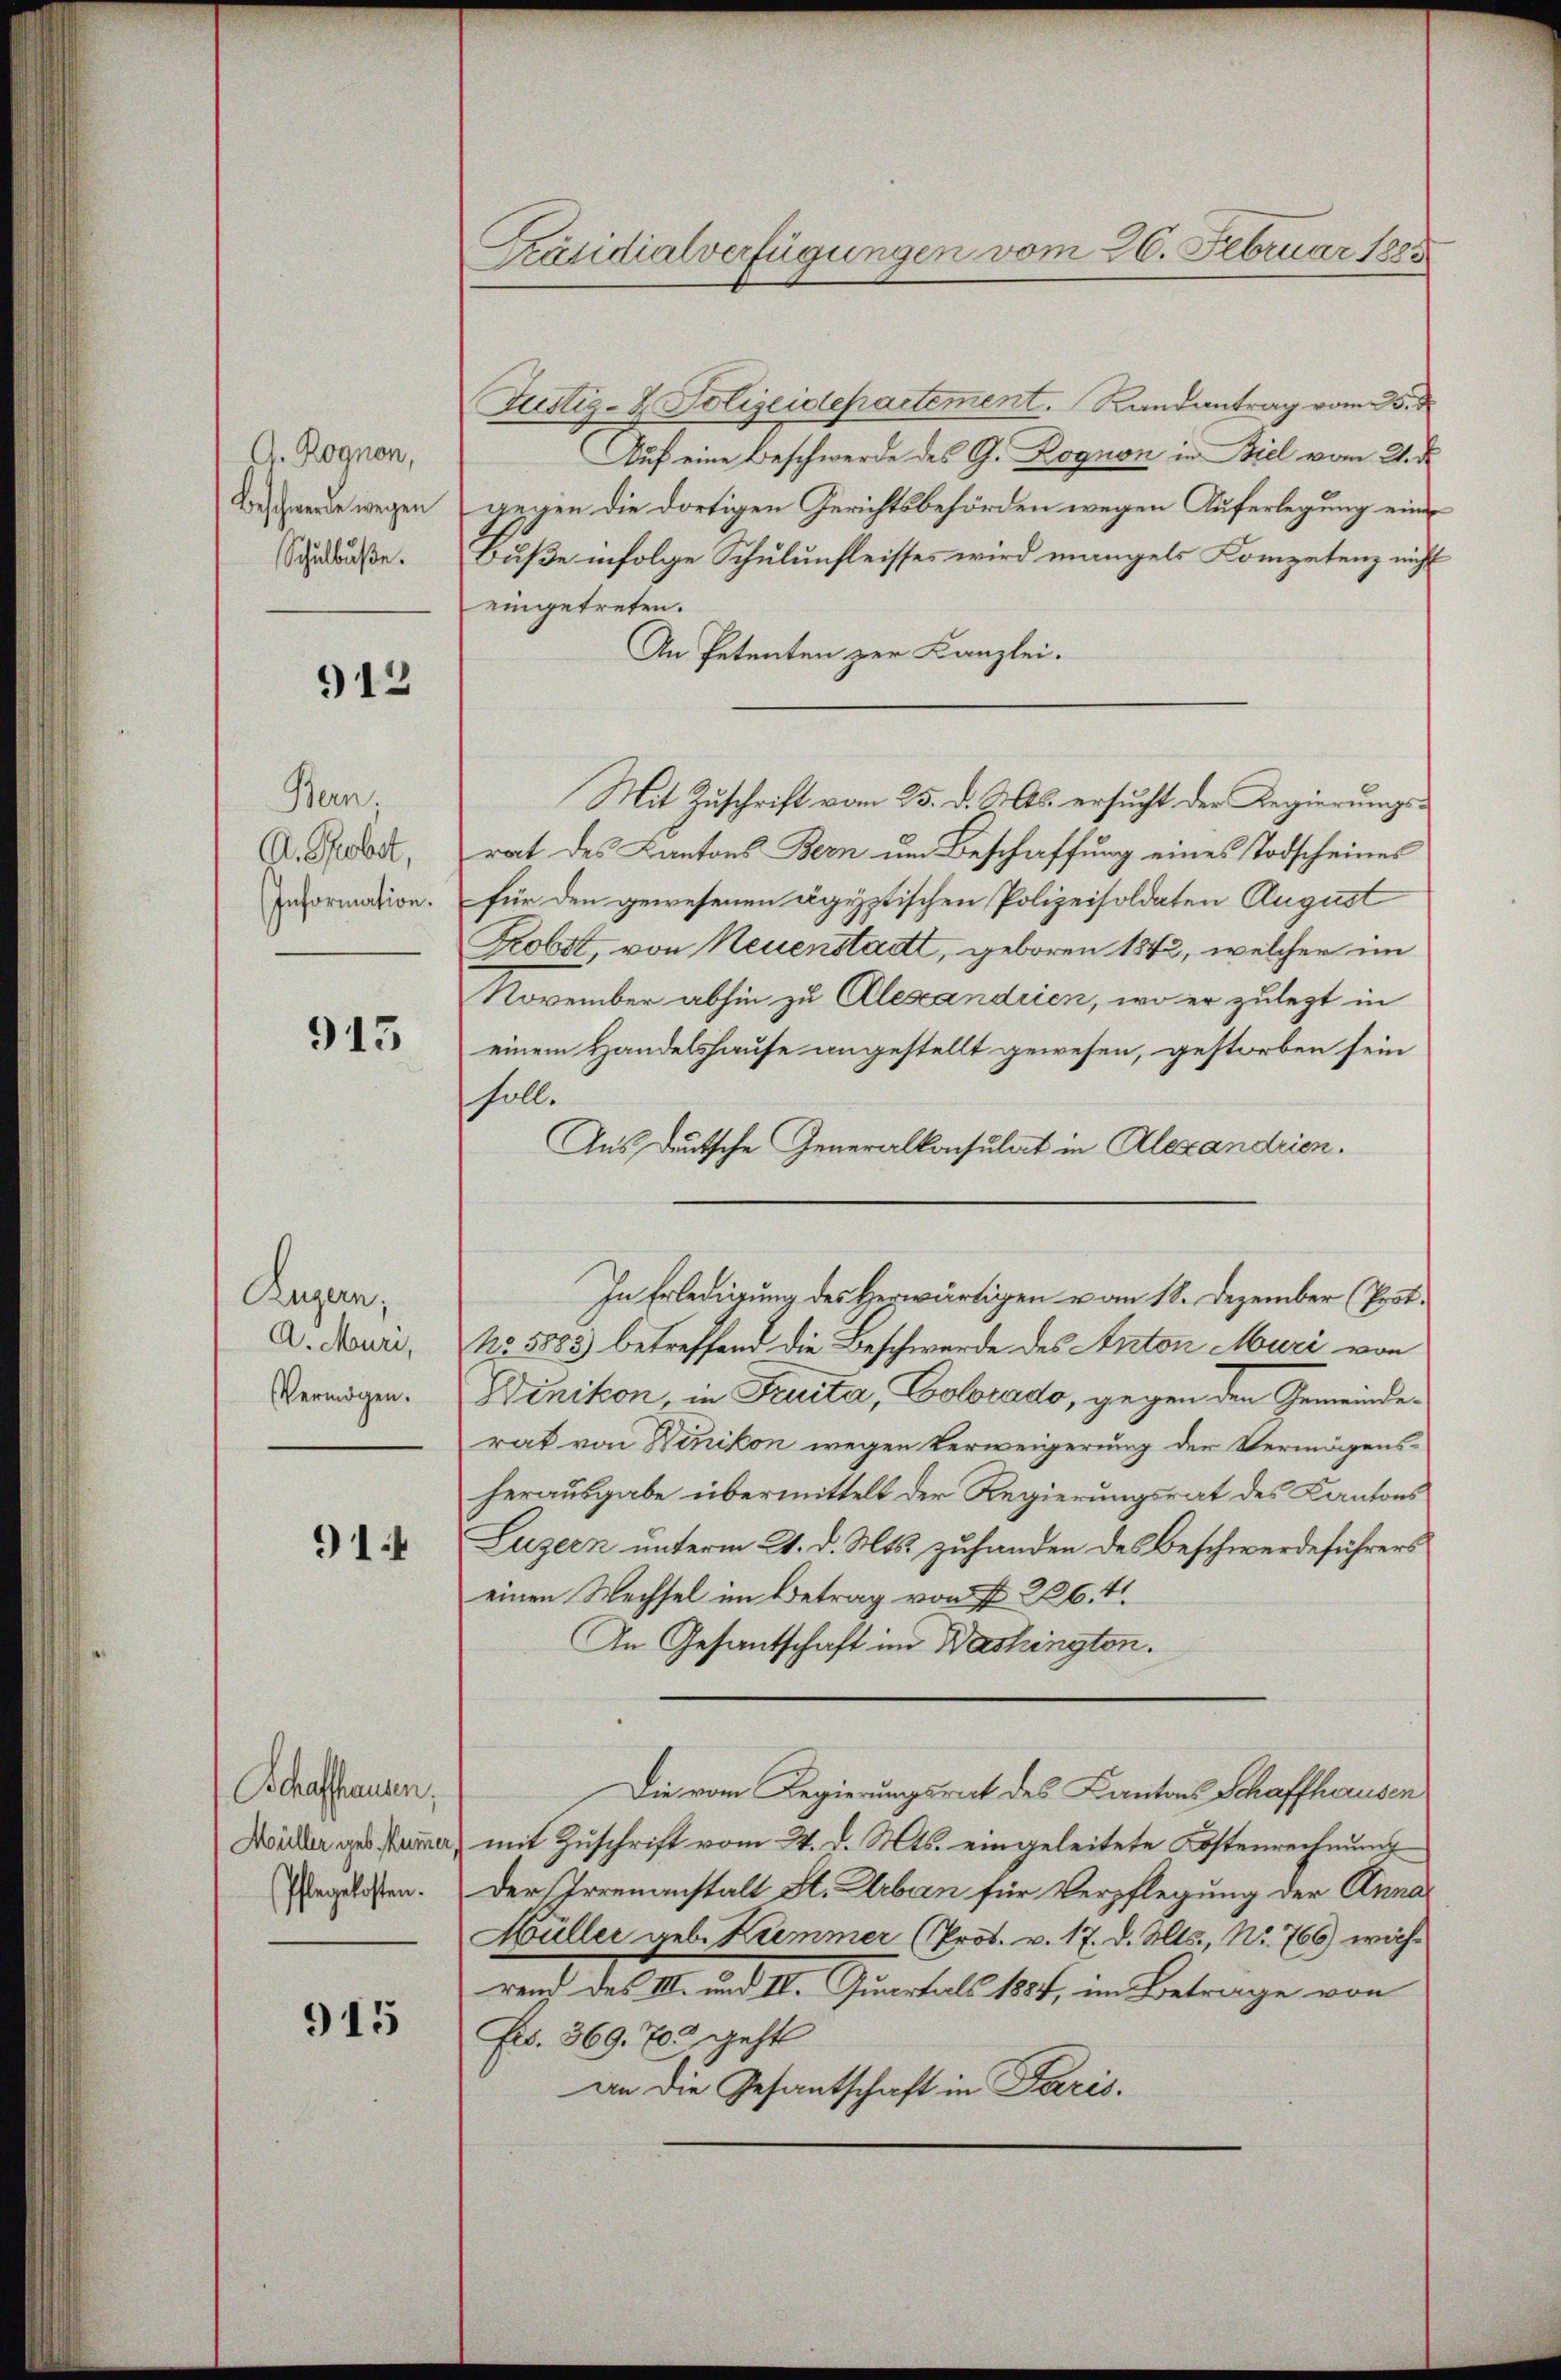
A. Rognon,
Beschwerde wegen
Schulbuße.

912

Bern.
A. Probst,
Information.

915

Luzern,
A. Muri,
Vermögen.

91

Schaffhausen,
Müller geb. Kumme
Pflegekosten.

915

Präsidialverfügungen vom 26. Februar 1885

Justiz- & Polizeidepartement. Randantrag vom 5. d
Auf eine Beschwerde des G. Rognon in Biel vom 21. d.
gegen die dortigen Gerichtsbehörden wegen Auferlegung eine
Buße infolge Schulunfleisses wird mangels Kompetenz nicht
eingetreten.
An Petenten zur Kanzlei.
Mit Zuschrift vom 25. d. Mts. ersucht der Regierungsrat des Kantons Bern um Beschaffung eines Todscheines
für den gewesenen ägyptischen Polizeisoldaten August
Probst von Neuenstadt, geboren 1842, welcher im
November abhin zu Alexandrien, wo er zulegt in
einem Handelshause angestellt gewesen, gestorben sein
soll.
Aus deutsche Generalkonsulat in Alexandrien.
In Erledigung des Herwärtigen u am 18. Dezember (Prot.
No 5885) betreffend die Beschwerde des Anton Muri von
Dinikon, in Feuita, Colorado, gegen den Gemeinderat von Winikon wegen Verweigerung der Vermögensherausgabe übermittelt der Regierungsrat des Kantons
Luzern unterm 21. d. Mts. zuhanden des Beschwerdeführers
einen Wechsel im Betrag von § 226. 41.
An Gesantschaft im Washingten.
Die vom Regierungsrat des Kantons Schaffhausen
mit Zuschrift vom 4. d. Mts. eingeleitete Kostenrechnung
Der Irrenanstalt St. Urban für Verpflegung der Anna
Müller geb. Kremmer (Prof. v. 17. d. Mts., Nr. 766) wäh¬
und des M. ad 1. Girantel hat, in Betrage von
Frs. 369. 703 geht
an die Gesantschaft in Paris.